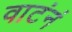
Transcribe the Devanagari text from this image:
वाटंनं